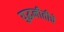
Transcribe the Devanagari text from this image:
युद्धनीतीचे